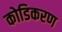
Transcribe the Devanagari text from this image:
कोडिकरण